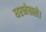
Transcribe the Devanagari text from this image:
धरनेवाले।